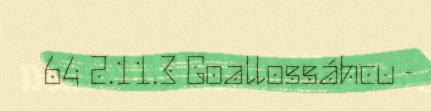
64 2.11.3 Goallossáhcu -